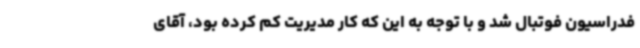
فدراسیون فوتبال شد و با توجه به این که کار مدیریت کم کرده بود، آقای